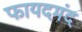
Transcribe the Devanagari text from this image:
फायदमंद